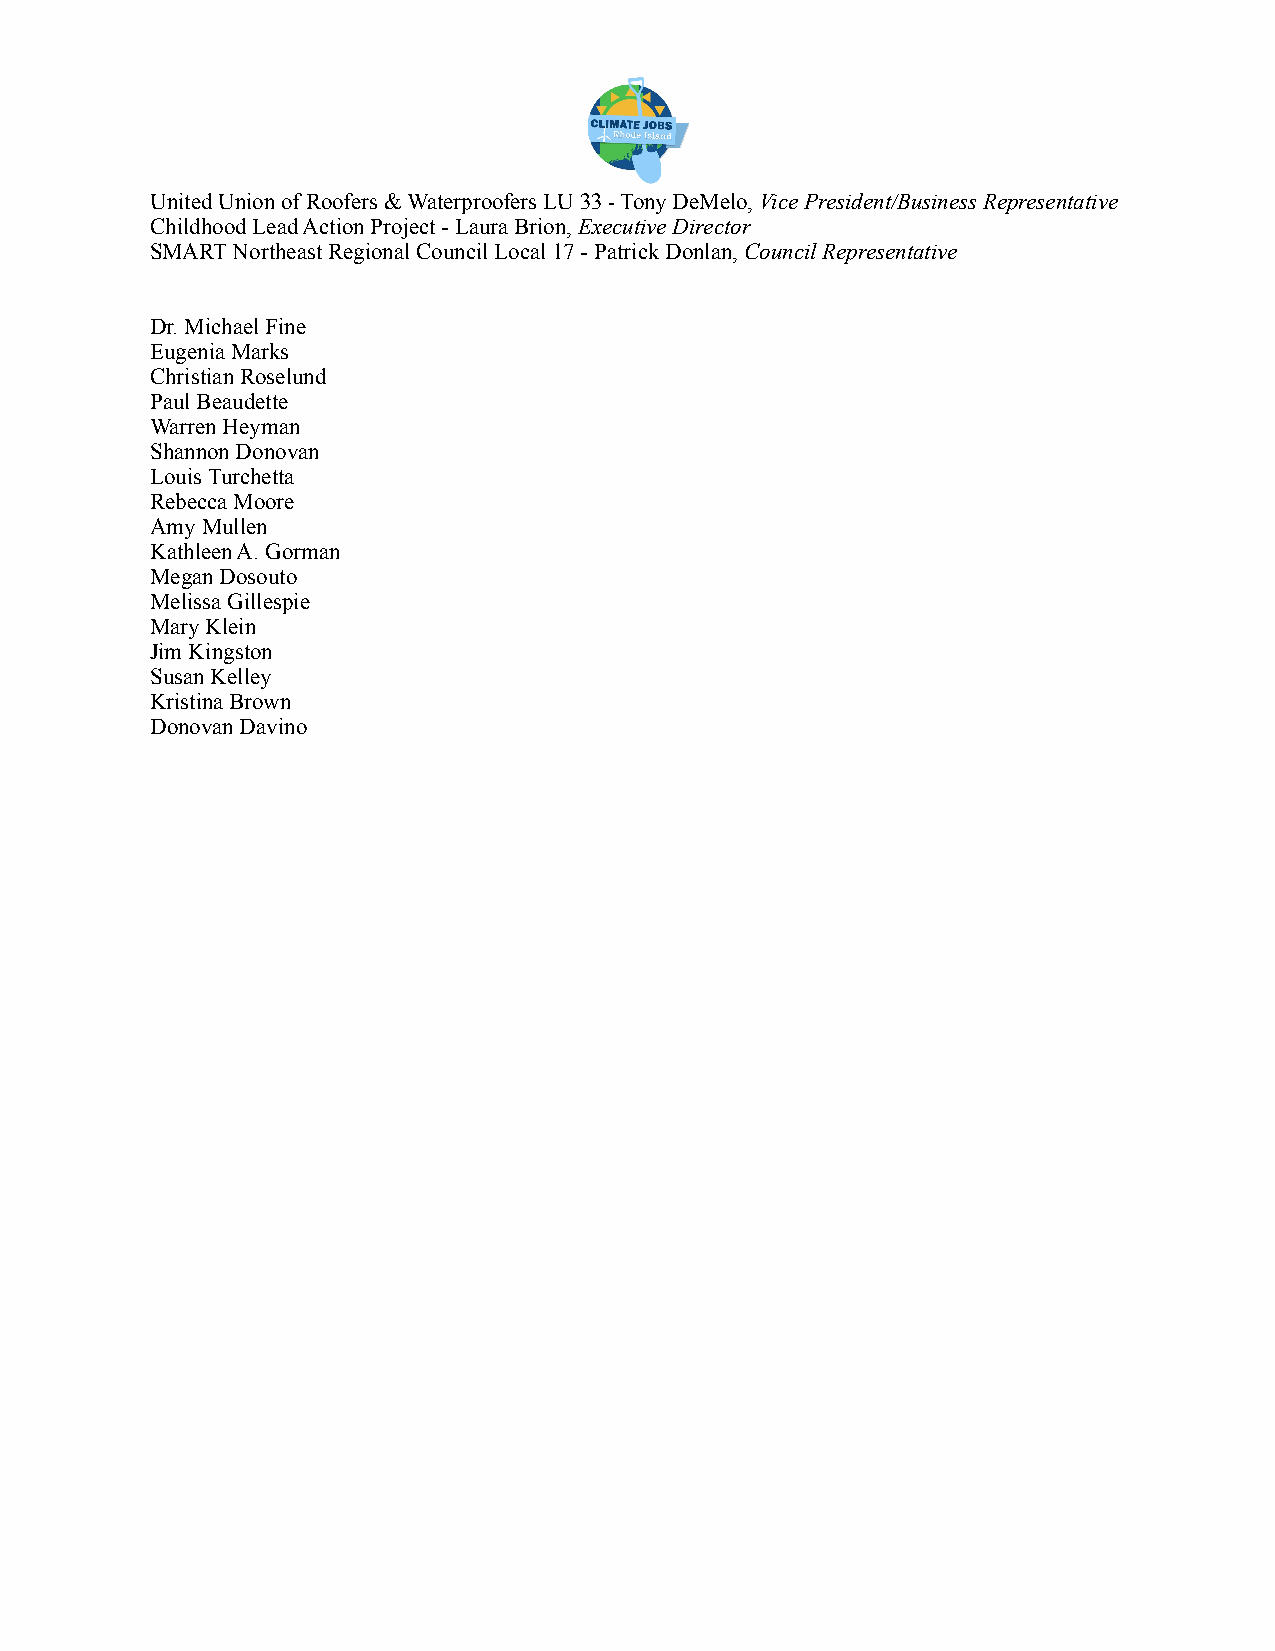
United Union of Roofers & Waterproofers LU 33 - Tony DeMelo, Vice President/Business Representative
 Childhood Lead Action Project - Laura Brion, Executive Director
 SMART Northeast Regional Council Local 17 - Patrick Donlan, Council Representative
 Dr. Michael Fine
 Eugenia Marks
 Christian Roselund
 Paul Beaudette
 Warren Heyman
 Shannon Donovan
 Louis Turchetta
 Rebecca Moore
 Amy Mullen
 Kathleen A. Gorman
 Megan Dosouto
 Melissa Gillespie
 Mary Klein
 Jim Kingston
 Susan Kelley
 Kristina Brown
 Donovan Davino